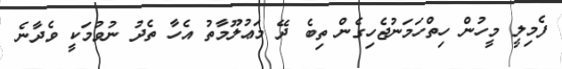
ފެމިލީ މީހުން ހިތްހަމަނުޖެހިގެން ތިބެ ދޭ މަޢުލޫމާތު އެހާ ތެދު ނުވުމަކީ ވެދާނެ